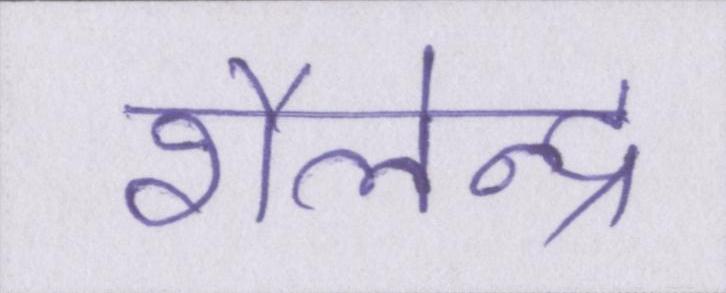
शैलेन्द्र